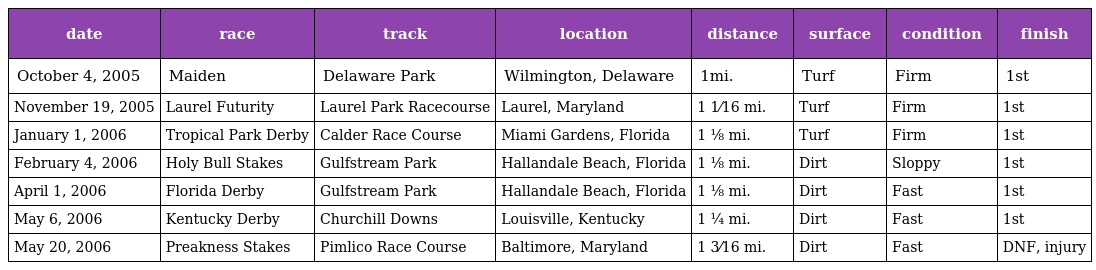
| date | race | track | location | distance | surface | condition | finish |
 | --- | --- | --- | --- | --- | --- | --- | --- |
 | October 4, 2005 | Maiden | Delaware Park | Wilmington, Delaware | 1mi. | Turf | Firm | 1st |
 | November 19, 2005 | Laurel Futurity | Laurel Park Racecourse | Laurel, Maryland | 1 1⁄16 mi. | Turf | Firm | 1st |
 | January 1, 2006 | Tropical Park Derby | Calder Race Course | Miami Gardens, Florida | 1 ⅛ mi. | Turf | Firm | 1st |
 | February 4, 2006 | Holy Bull Stakes | Gulfstream Park | Hallandale Beach, Florida | 1 ⅛ mi. | Dirt | Sloppy | 1st |
 | April 1, 2006 | Florida Derby | Gulfstream Park | Hallandale Beach, Florida | 1 ⅛ mi. | Dirt | Fast | 1st |
 | May 6, 2006 | Kentucky Derby | Churchill Downs | Louisville, Kentucky | 1 ¼ mi. | Dirt | Fast | 1st |
 | May 20, 2006 | Preakness Stakes | Pimlico Race Course | Baltimore, Maryland | 1 3⁄16 mi. | Dirt | Fast | DNF, injury |